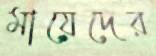
মায়েদের